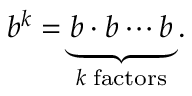
b ^ { k } = \underbrace { b \cdot b \cdots b } _ { k \; { \mathrm { f a c t o r s } } } .